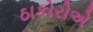
ઠાકોરોએ